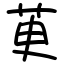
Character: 茰